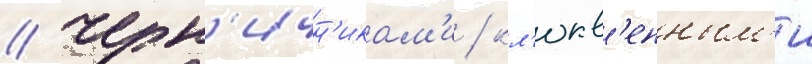
/ черн'ичн'икам'и / кл'юкв'енным'и